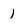
Character: 1